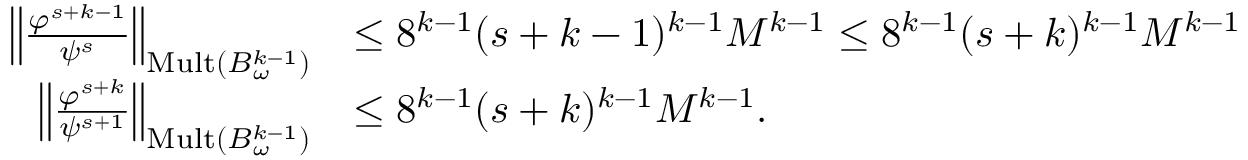
\begin{array} { r l } { \left\| \frac { \varphi ^ { s + k - 1 } } { \psi ^ { s } } \right\| _ { \mathrm { M u l t } ( B _ { \omega } ^ { k - 1 } ) } } & { \le 8 ^ { k - 1 } ( s + k - 1 ) ^ { k - 1 } M ^ { k - 1 } \le 8 ^ { k - 1 } ( s + k ) ^ { k - 1 } M ^ { k - 1 } } \\ { \left\| \frac { \varphi ^ { s + k } } { \psi ^ { s + 1 } } \right\| _ { \mathrm { M u l t } ( B _ { \omega } ^ { k - 1 } ) } } & { \le 8 ^ { k - 1 } ( s + k ) ^ { k - 1 } M ^ { k - 1 } . } \end{array}